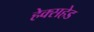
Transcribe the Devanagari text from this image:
हेक्सहेड